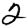
Digit: 2